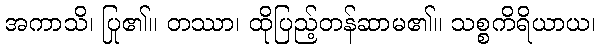
အကာသိ၊ ပြု၏။ တဿာ၊ ထိုပြည့်တန်ဆာမ၏။ သစ္စကိရိယာယ၊